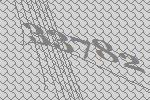
33782